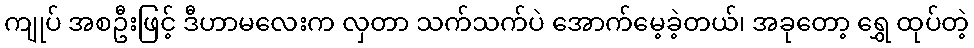
ကျုပ် အစဦးဖြင့် ဒီဟာမလေးက လှတာ သက်သက်ပဲ အောက်မေ့ခဲ့တယ်၊ အခုတော့ ရွှေ ထုပ်တဲ့